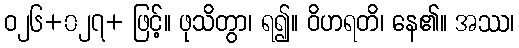
ဝ၂၆+၀၂၇+ ဖြင့်။ ဖုသိတွာ၊ ရ၍။ ဝိဟရတိ၊ နေ၏။ အဿ၊